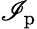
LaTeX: \mathscr{I}_{\mathrm{{p}}}